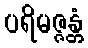
ပရိမဇ္ဇန္တံ